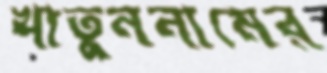
খাতুননামের